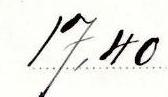
17,40